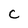
Character: C